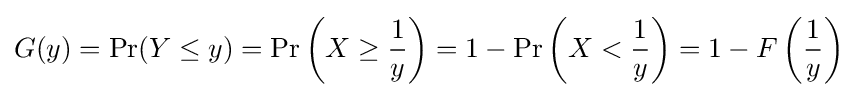
G(y)=\Pr(Y\leq y)=\Pr \left(X\geq {\frac {1}{y}}\right)=1-\Pr \left(X<{\frac {1}{y}}\right)=1-F\left({\frac {1}{y}}\right)